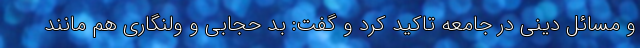
و مسائل دینی در جامعه تاکید کرد و گفت: بد حجابی و ولنگاری هم مانند